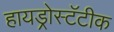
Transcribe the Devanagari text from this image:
हायड्रोस्टॅटीक